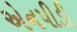
એનપીડી